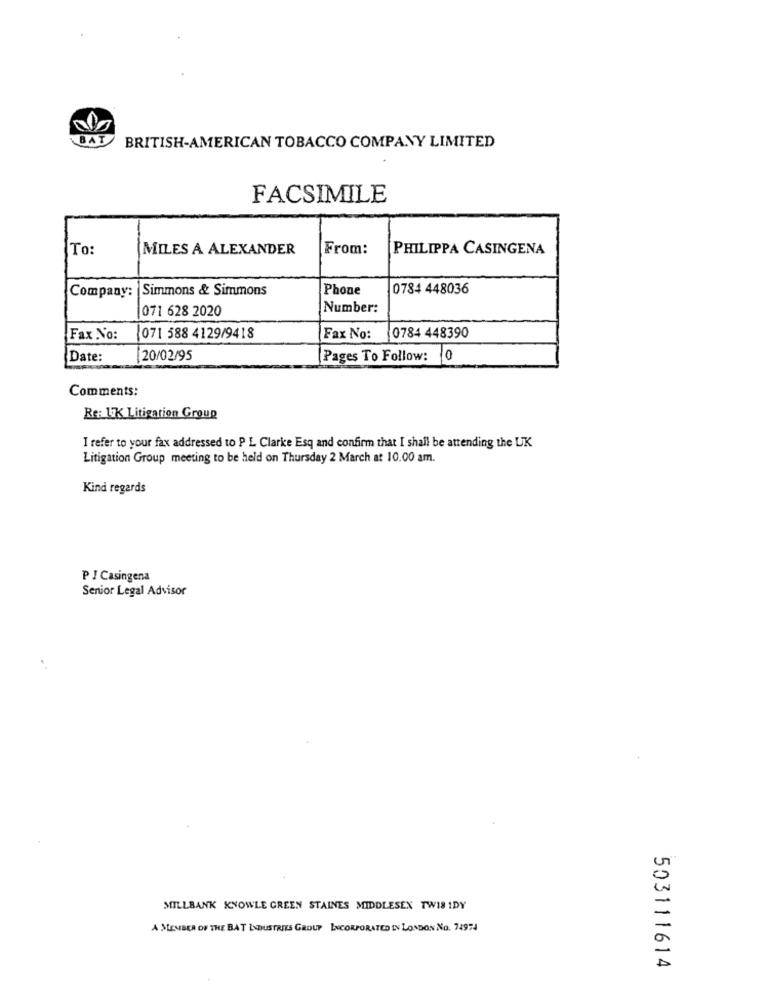
JAT
BRITISH-AMERICAN TOBACCO COMPANY LIMITED
FACSIMILE
To:
MILES A ALEXANDER
From:
PHILIPPA CASINGENA
Company: Simmons & Simmons
Phone
0784 448036
071 628 2020
Number:
Fax No:
071 588 4129/9418
Fax No:
0784 448390
Date:
20/02/95
Pages To Follow: 0
Comments:
Re: 17K Litigation Group
I refer to your fax addressed to P L Clarke Esq and confirm that I shall be attending the UK
Litigation Group meeting to be held on Thursday 2 March at 10.00 am.
Kind regards
P I Casingena
Senior Legal Advisor
MILLBANK KNOWLE GREEN STAINES MIDDLESEX TW18 IDY
A MEMBER OF THE BAT INDUSTRIES GROUP INCORPORATED IN LONDON NO. 74974
503111614